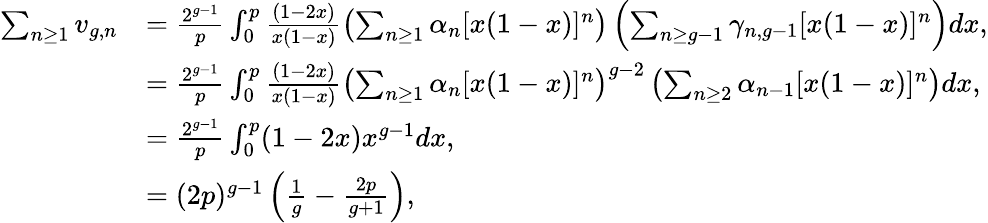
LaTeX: \begin{array}{rl}{\sum_{n\geq 1}v_{g,n}}&{=\frac{2^{g-1}}{p}\int_{0}^{p}\frac{(1-2x)}{x(1-x)}\left(\sum_{n\geq 1}\alpha_{n}[x(1-x)]^{n}\right)\left(\sum_{n\geq g-1}\gamma_{n,g-1}[x(1-x)]^{n}\right)dx,}\\ &{=\frac{2^{g-1}}{p}\int_{0}^{p}\frac{(1-2x)}{x(1-x)}\left(\sum_{n\geq 1}\alpha_{n}[x(1-x)]^{n}\right)^{g-2}\left(\sum_{n\geq 2}\alpha_{n-1}[x(1-x)]^{n}\right)dx,}\\ &{=\frac{2^{g-1}}{p}\int_{0}^{p}(1-2x)x^{g-1}dx,}\\ &{=(2p)^{g-1}\left(\frac{1}{g}-\frac{2p}{g+1}\right),}\end{array}